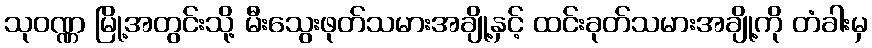
သုဝဏ္ဏ မြို့အတွင်းသို့ မီးသွေးဖုတ်သမားအချို့နှင့် ထင်းခုတ်သမားအချို့ကို တံခါးမှ